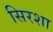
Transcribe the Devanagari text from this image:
सिरशा